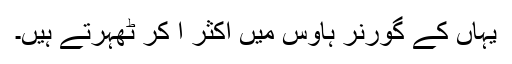
یہاں کے گورنر ہاؤس میں اکثر آ کر ٹھہرتے ہیں۔